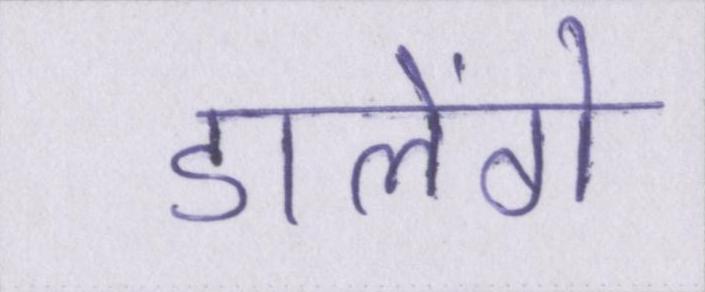
डालेंगे